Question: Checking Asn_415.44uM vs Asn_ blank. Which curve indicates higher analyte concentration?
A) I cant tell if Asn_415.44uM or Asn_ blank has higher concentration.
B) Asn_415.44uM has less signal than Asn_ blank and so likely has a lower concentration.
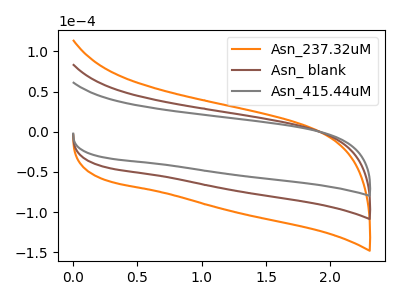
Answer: <think>The orange curve "Asn_237.32uM" has no peaks. The brown curve "Asn_ blank" has no peaks. The gray curve "Asn_415.44uM" has no peaks.
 Neither "Asn_415.44uM" or "Asn_ blank" have any peaks.</think>
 <answer>A) I cant tell if "Asn_415.44uM" or "Asn_ blank" has higher concentration.</answer>
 <eval>A</eval>